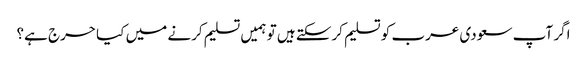
اگر آپ سعودی عرب کو تسلیم کرسکتے ہیں تو ہمیں تسلیم کرنے میں کیا حرج ہے؟